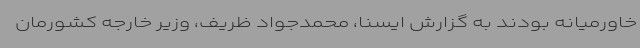
خاورمیانه‌ بودند به گزارش ایسنا، محمدجواد ظریف، وزیر خارجه کشورمان